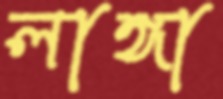
লাঙ্গা